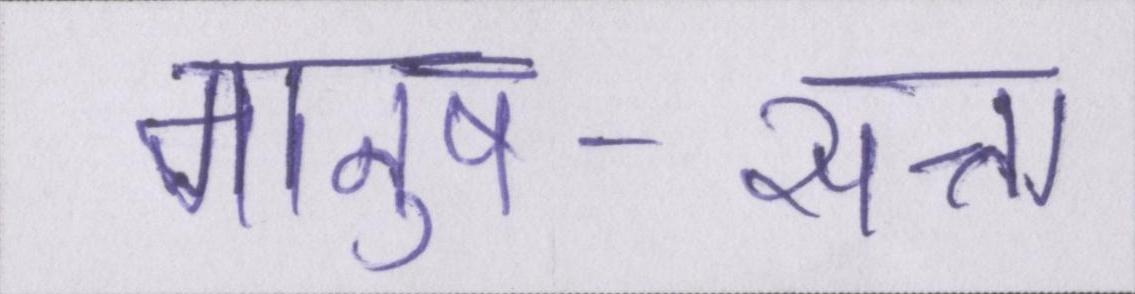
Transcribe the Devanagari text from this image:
मानुष-सत्ता